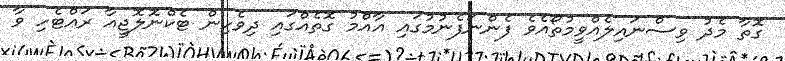
ގޮތާ މެދު ވިސްނައިލެއްވީމުތޯއެވެ ފެންނަފެނުމުގައި އާއްމު ގޮތެއްގައި ދިވެހިން ޓެކްނޮލޮޖީއާ ރައްޓެހި ވާ